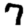
Digit: 7